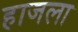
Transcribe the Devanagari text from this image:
हाजला